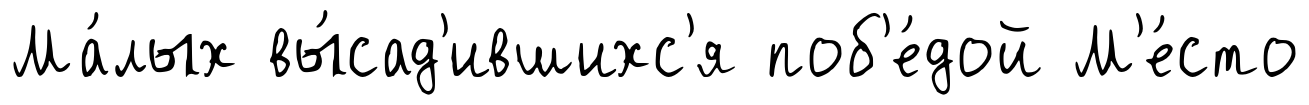
Ма́лых вы́сад'ившихс'я поб'е́дой М'е́сто